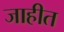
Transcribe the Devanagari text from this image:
जाहीत